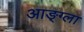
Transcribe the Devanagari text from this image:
आङ्ग्ला